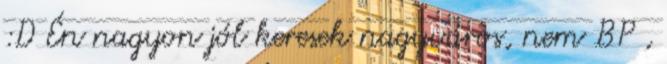
:D Én nagyon jól keresek nagyváros, nem BP ,